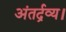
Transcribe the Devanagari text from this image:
अंतर्द्रव्य।